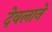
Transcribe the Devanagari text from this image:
देवलाने